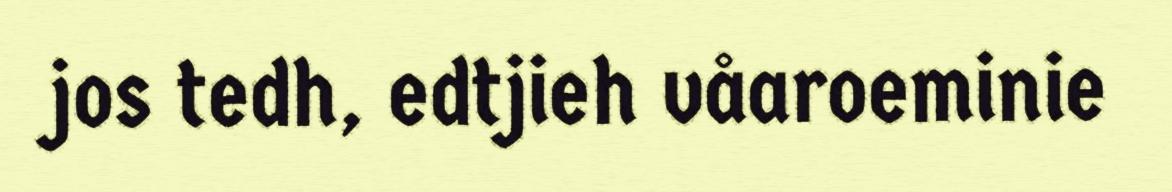
jos tedh, edtjieh våaroeminie